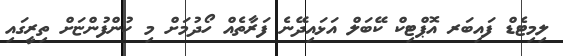
ލިމިޓެޑް ފައިބަރ އޮޕްޓިކް ކޭބަލް އަޅައިދޭނެ ފަރާތެއް ހޯދުމަށް މި ކުންފުންޏަށް ތިރީގައި